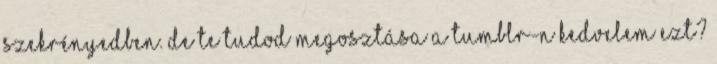
szekrényedben. De te tudod Megosztása a Tumblr-n Kedvelem ezt?